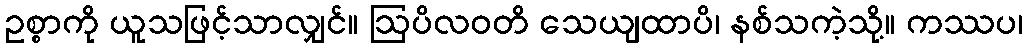
ဥစ္စာကို ယူသဖြင့်သာလျှင်။ ဩပိလဝတိ သေယျထာပိ၊ နစ်သကဲ့သို့။ ကဿပ၊